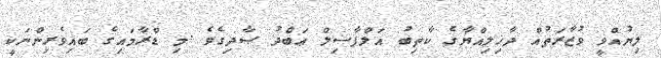
ލިޔުއްވީ ވުޒާރަތުއް ދާޚިލިއްޔާގެ ކާތިބު އަލްފާޟިލް ޢަބްދު ޞާދިގެވެ .މި ޑްރާމައިގެ ބައިވެރިންނަކީ